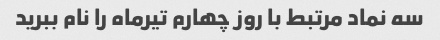
سه نماد مرتبط با روز چهارم تیرماه را نام ببرید